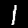
Label: 1